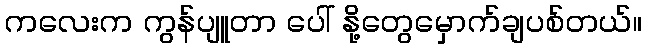
ကလေးက ကွန်ပျူတာ ပေါ် နို့တွေမှောက်ချပစ်တယ်။